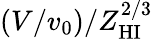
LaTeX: (V/v_{0})/Z_{\mathrm{HI}}^{2/3}